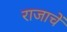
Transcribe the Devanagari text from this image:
राजाचें